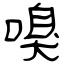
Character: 嗅